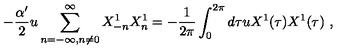
- \frac { \alpha ^ { \prime } } { 2 } u \sum _ { n = - \infty , n \neq 0 } ^ { \infty } X _ { - n } ^ { 1 } X _ { n } ^ { 1 } = - \frac { 1 } { 2 \pi } \int _ { 0 } ^ { 2 \pi } d \tau u X ^ { 1 } ( \tau ) X ^ { 1 } ( \tau ) \ ,